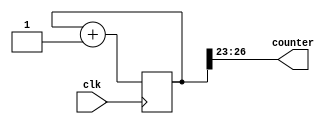
`define BIT_LENGTH 27
module clock_divider(clk, counter);
input clk;
output [3:0] counter;

reg [`BIT_LENGTH-1:0] num;
wire [`BIT_LENGTH-1:0] next_num;

always@(posedge clk) begin
    begin
        num <= next_num;
    end
end

assign counter = num[`BIT_LENGTH-1:`BIT_LENGTH-4];
assign next_num = num + `BIT_LENGTH'b1;
endmodule